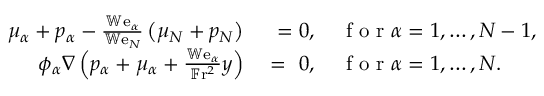
\begin{array} { r l } { \mu _ { \alpha } + p _ { \alpha } - \frac { \mathbb { W } \mathrm { e } _ { \alpha } } { \mathbb { W } \mathrm { e } _ { N } } \left( \mu _ { N } + p _ { N } \right) } & { { } ~ = 0 , \quad \mathrm { ~ f ~ o ~ r ~ } \alpha = 1 , \dots , N - 1 , } \\ { \phi _ { \alpha } \nabla \left( p _ { \alpha } + \mu _ { \alpha } + \frac { \mathbb { W } \mathrm { e } _ { \alpha } } { \mathbb { F } \mathrm { r } ^ { 2 } } y \right) } & { { } = ~ 0 , \quad \mathrm { ~ f ~ o ~ r ~ } \alpha = 1 , \dots , N . } \end{array}